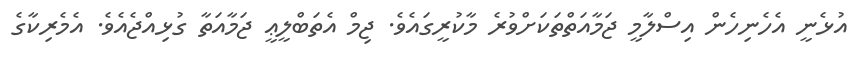
އުޅެނީ އެހެނިހެން އިސްލާމީ ޖަމާއަތްތަކަށްވުރެ މާކުރީގައެވެ. ޖިމް އެތަބްލީޢީ ޖަމާއަތާ ގުޅިއްޖެއެވެ. އެމެރިކާގެ